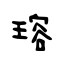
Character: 瑢